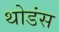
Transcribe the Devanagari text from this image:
थोडंस